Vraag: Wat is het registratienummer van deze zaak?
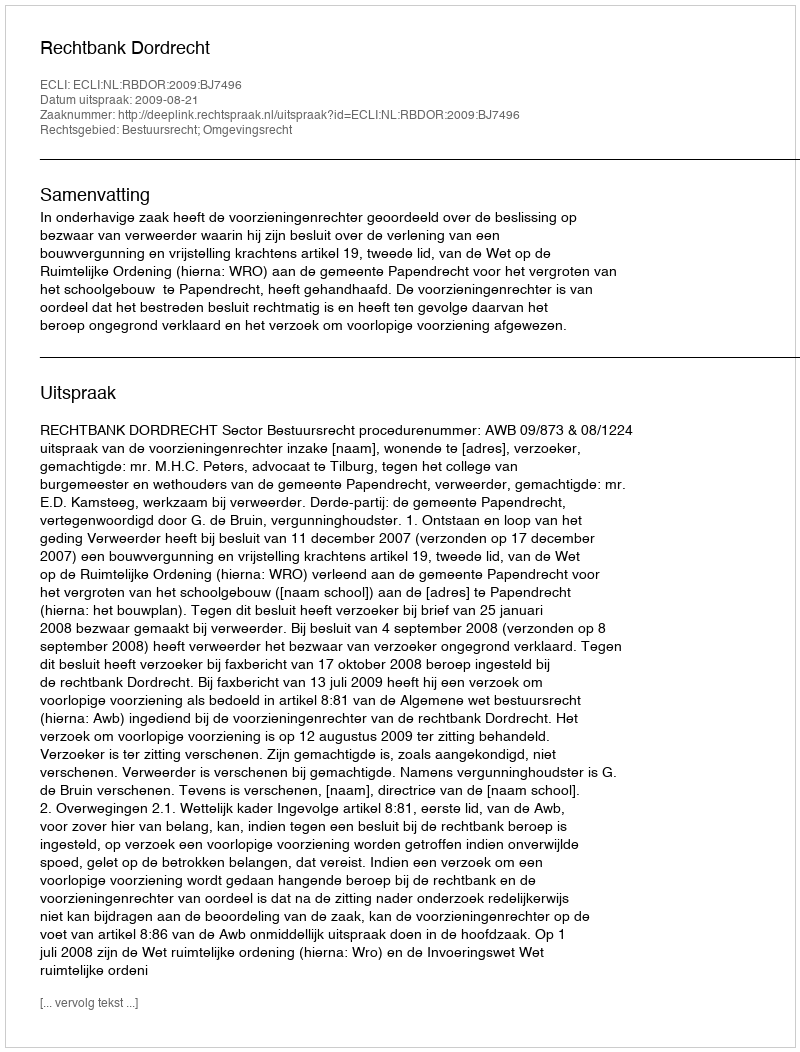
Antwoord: http://deeplink.rechtspraak.nl/uitspraak?id=ECLI:NL:RBDOR:2009:BJ7496